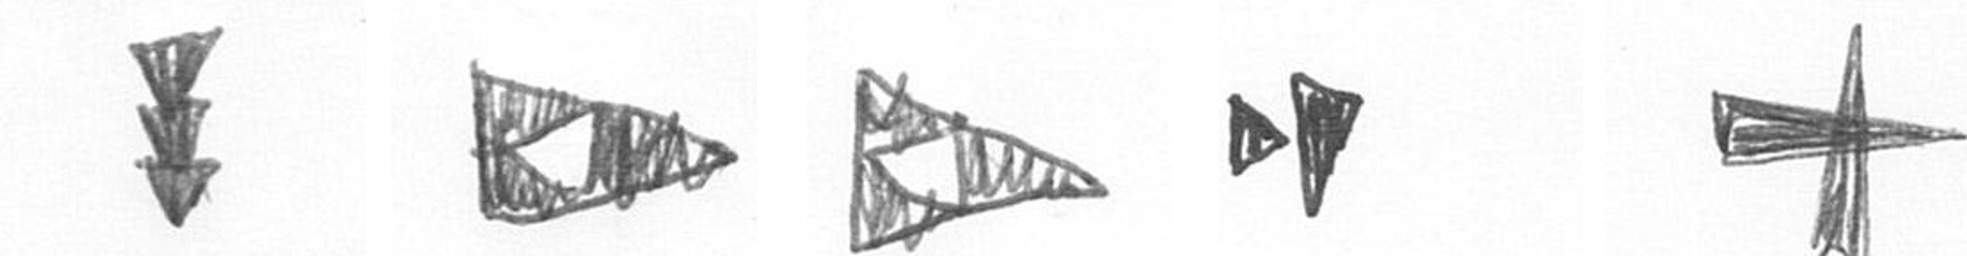
E K K M G